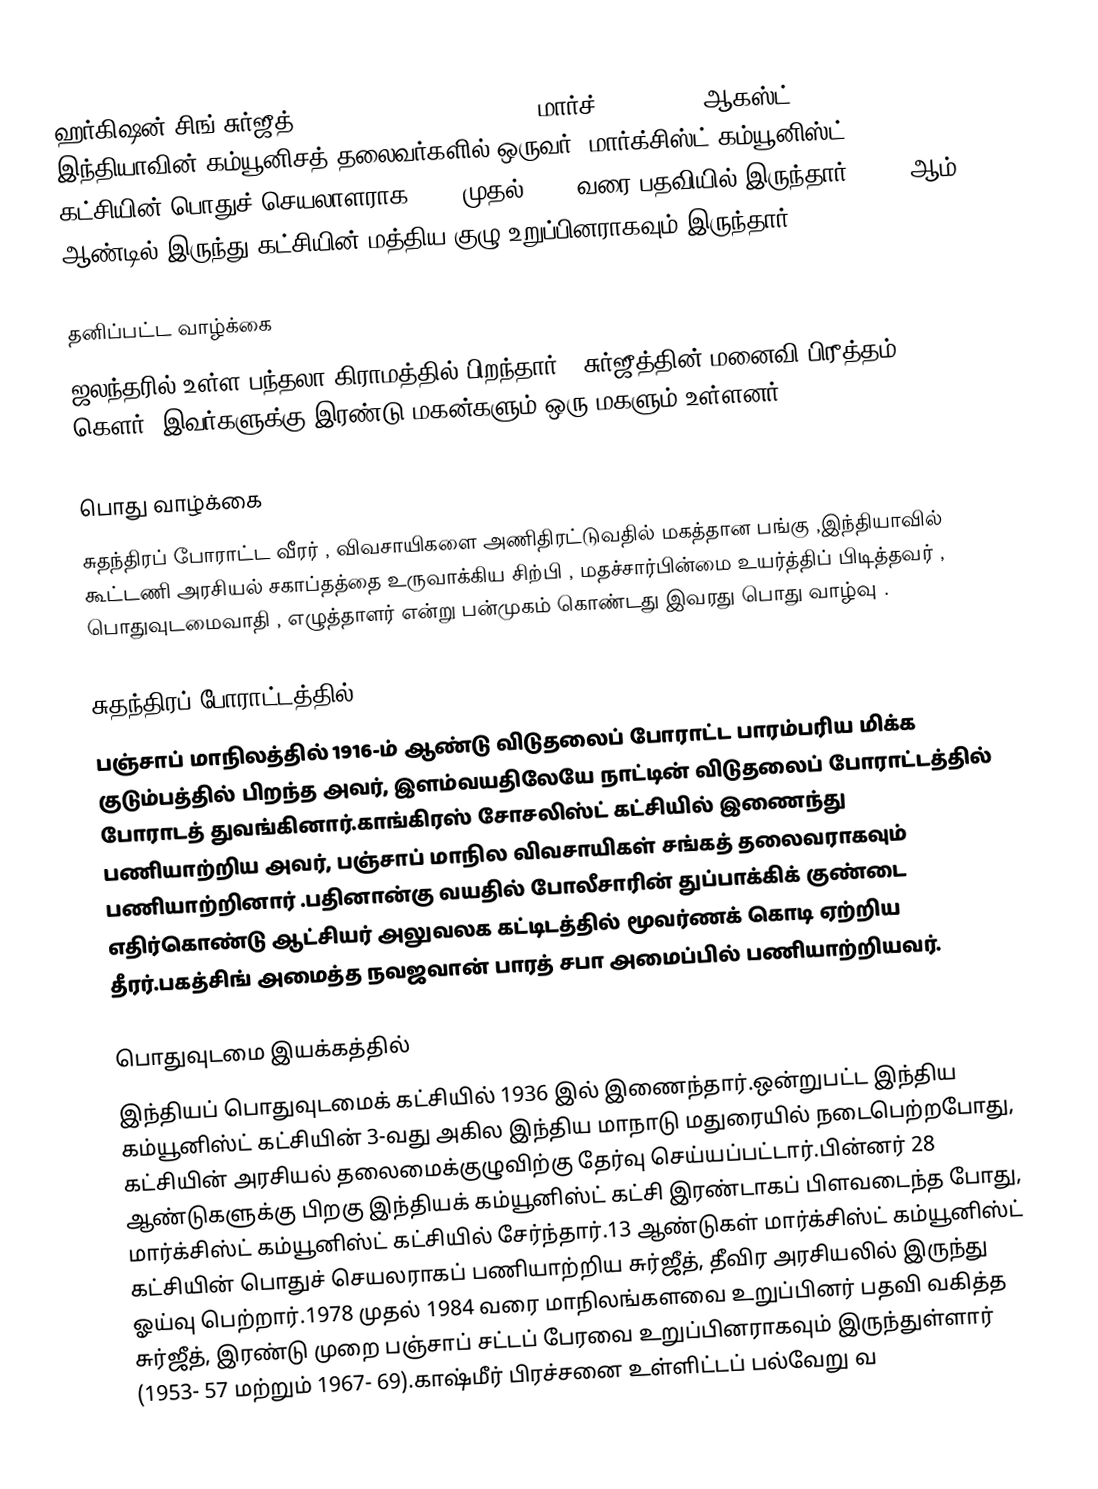
ஹர்‌கிஷன் சிங் சுர்‌ஜீத் (Harkishan Singh Surjeet, மார்ச் 23, 1916 - ஆகஸ்ட் 1, 2008) இந்தியாவின் கம்யூனிசத் தலைவர்களில் ஒருவர். மார்‌க்‌சிஸ்‌ட் கம்யூனிஸ்‌ட் கட்‌சியின் பொதுச் செயலாளராக 1992 முதல் 2005 வரை பதவியில் இருந்தார். 1964 ஆம் ஆண்டில் இருந்து கட்சியின் மத்திய குழு உறுப்பினராகவும் இருந்தார்

தனிப்பட்ட வாழ்க்கை
ஜலந்தரில் உள்ள பந்தலா கிராமத்‌தில் பிறந்தார் . சுர்‌ஜீத்‌தின் மனைவி பிரீத்தம் கெளர். இவர்களுக்கு இரண்டு மகன்களும் ஒரு மகளும் உள்ளனர்.

பொது வாழ்க்கை
சுதந்திரப் போராட்ட வீரர் , விவசாயிகளை அணிதிரட்டுவதில் மகத்தான பங்கு ,இந்தியாவில் கூட்டணி அரசியல் சகாப்தத்தை உருவாக்கிய சிற்பி , மதச்சார்பின்மை உயர்த்திப் பிடித்தவர் , பொதுவுடமைவாதி , எழுத்தாளர்  என்று பன்முகம் கொண்டது  இவரது பொது வாழ்வு .

சுதந்திரப் போராட்டத்தில்
பஞ்சாப் மாநிலத்தில் 1916-ம் ஆண்டு விடுதலைப் போராட்ட பாரம்பரிய மிக்க குடும்பத்தில் பிறந்த அவர், இளம்வயதிலேயே நாட்டின் விடுதலைப் போராட்டத்‌தில் போராடத் துவங்கினார்.காங்கிரஸ் சோசலிஸ்ட் கட்சியில் இணைந்து பணியாற்றிய அவர், பஞ்சாப் மாநில விவசாயிகள் சங்கத் தலைவராகவும் பணியாற்றினார் .பதினான்கு வயதில் போலீசாரின் துப்பாக்கிக் குண்டை எதிர்கொண்டு ஆட்சியர்  அலுவலக கட்டிடத்தில் மூவர்ணக் கொடி ஏற்றிய தீரர்.பகத்சிங் அமைத்த நவஜவான் பாரத் சபா அமைப்பில் பணியாற்றியவர்.

பொதுவுடமை இயக்கத்தில்
இந்தியப் பொதுவுடமைக் கட்சியில் 1936 இல் இணைந்தார்.ஒன்றுபட்ட இந்திய கம்யூனிஸ்ட் கட்சியின் 3-வது அகில இந்திய மாநாடு மதுரையில் நடைபெற்றபோது, கட்சியின் அரசியல் தலைமைக்குழுவிற்கு தேர்வு செய்யப்பட்டார்.பின்னர் 28 ஆண்டுகளுக்கு பிறகு இந்‌தியக் கம்யூனிஸ்‌ட் கட்‌சி இரண்டாகப் பிளவடைந்த போது, மார்‌க்‌சிஸ்‌ட் கம்யூனிஸ்‌ட் கட்‌சியில் சேர்ந்தார்.13 ஆண்டுகள் மார்‌க்‌சிஸ்‌ட் கம்யூனிஸ்‌ட் கட்‌சியின் பொதுச் செயலராகப் பணியாற்‌றிய சுர்‌ஜீத், தீவிர அரசியலில் இருந்து  ஓய்வு பெற்றார்.1978 முதல் 1984 வரை மாநிலங்களவை உறுப்‌பினர் பதவி வகித்த சுர்ஜீத், இரண்டு முறை பஞ்சாப் சட்டப் பேரவை உறுப்‌பினராகவும் இருந்துள்ளார் (1953- 57 மற்றும் 1967- 69).காஷ்‌மீர் பிரச்சனை உள்‌ளிட்டப் பல்வேறு வ